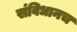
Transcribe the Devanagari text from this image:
संविधानच